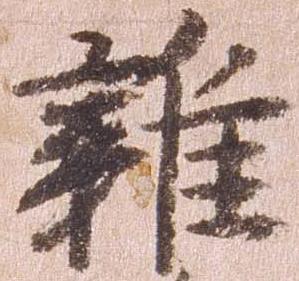
雑